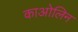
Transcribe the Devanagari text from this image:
काओलिन